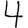
Digit: 4